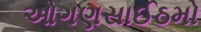
ઓગણસાઈઠમો